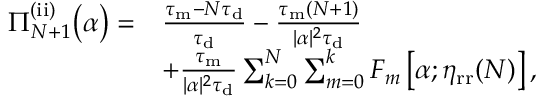
\begin{array} { r l } { \Pi _ { N + 1 } ^ { \mathrm { ( i i ) } } \big ( \alpha \big ) = } & { \frac { \tau _ { \mathrm { m } } - N \tau _ { \mathrm { d } } } { \tau _ { \mathrm { d } } } - \frac { \tau _ { \mathrm { m } } ( N + 1 ) } { | \alpha | ^ { 2 } \tau _ { \mathrm { d } } } } \\ & { + \frac { \tau _ { \mathrm { m } } } { | \alpha | ^ { 2 } \tau _ { \mathrm { d } } } \sum _ { k = 0 } ^ { N } \sum _ { m = 0 } ^ { k } F _ { m } \left[ \alpha ; \eta _ { \mathrm { r r } } ( N ) \right] , } \end{array}